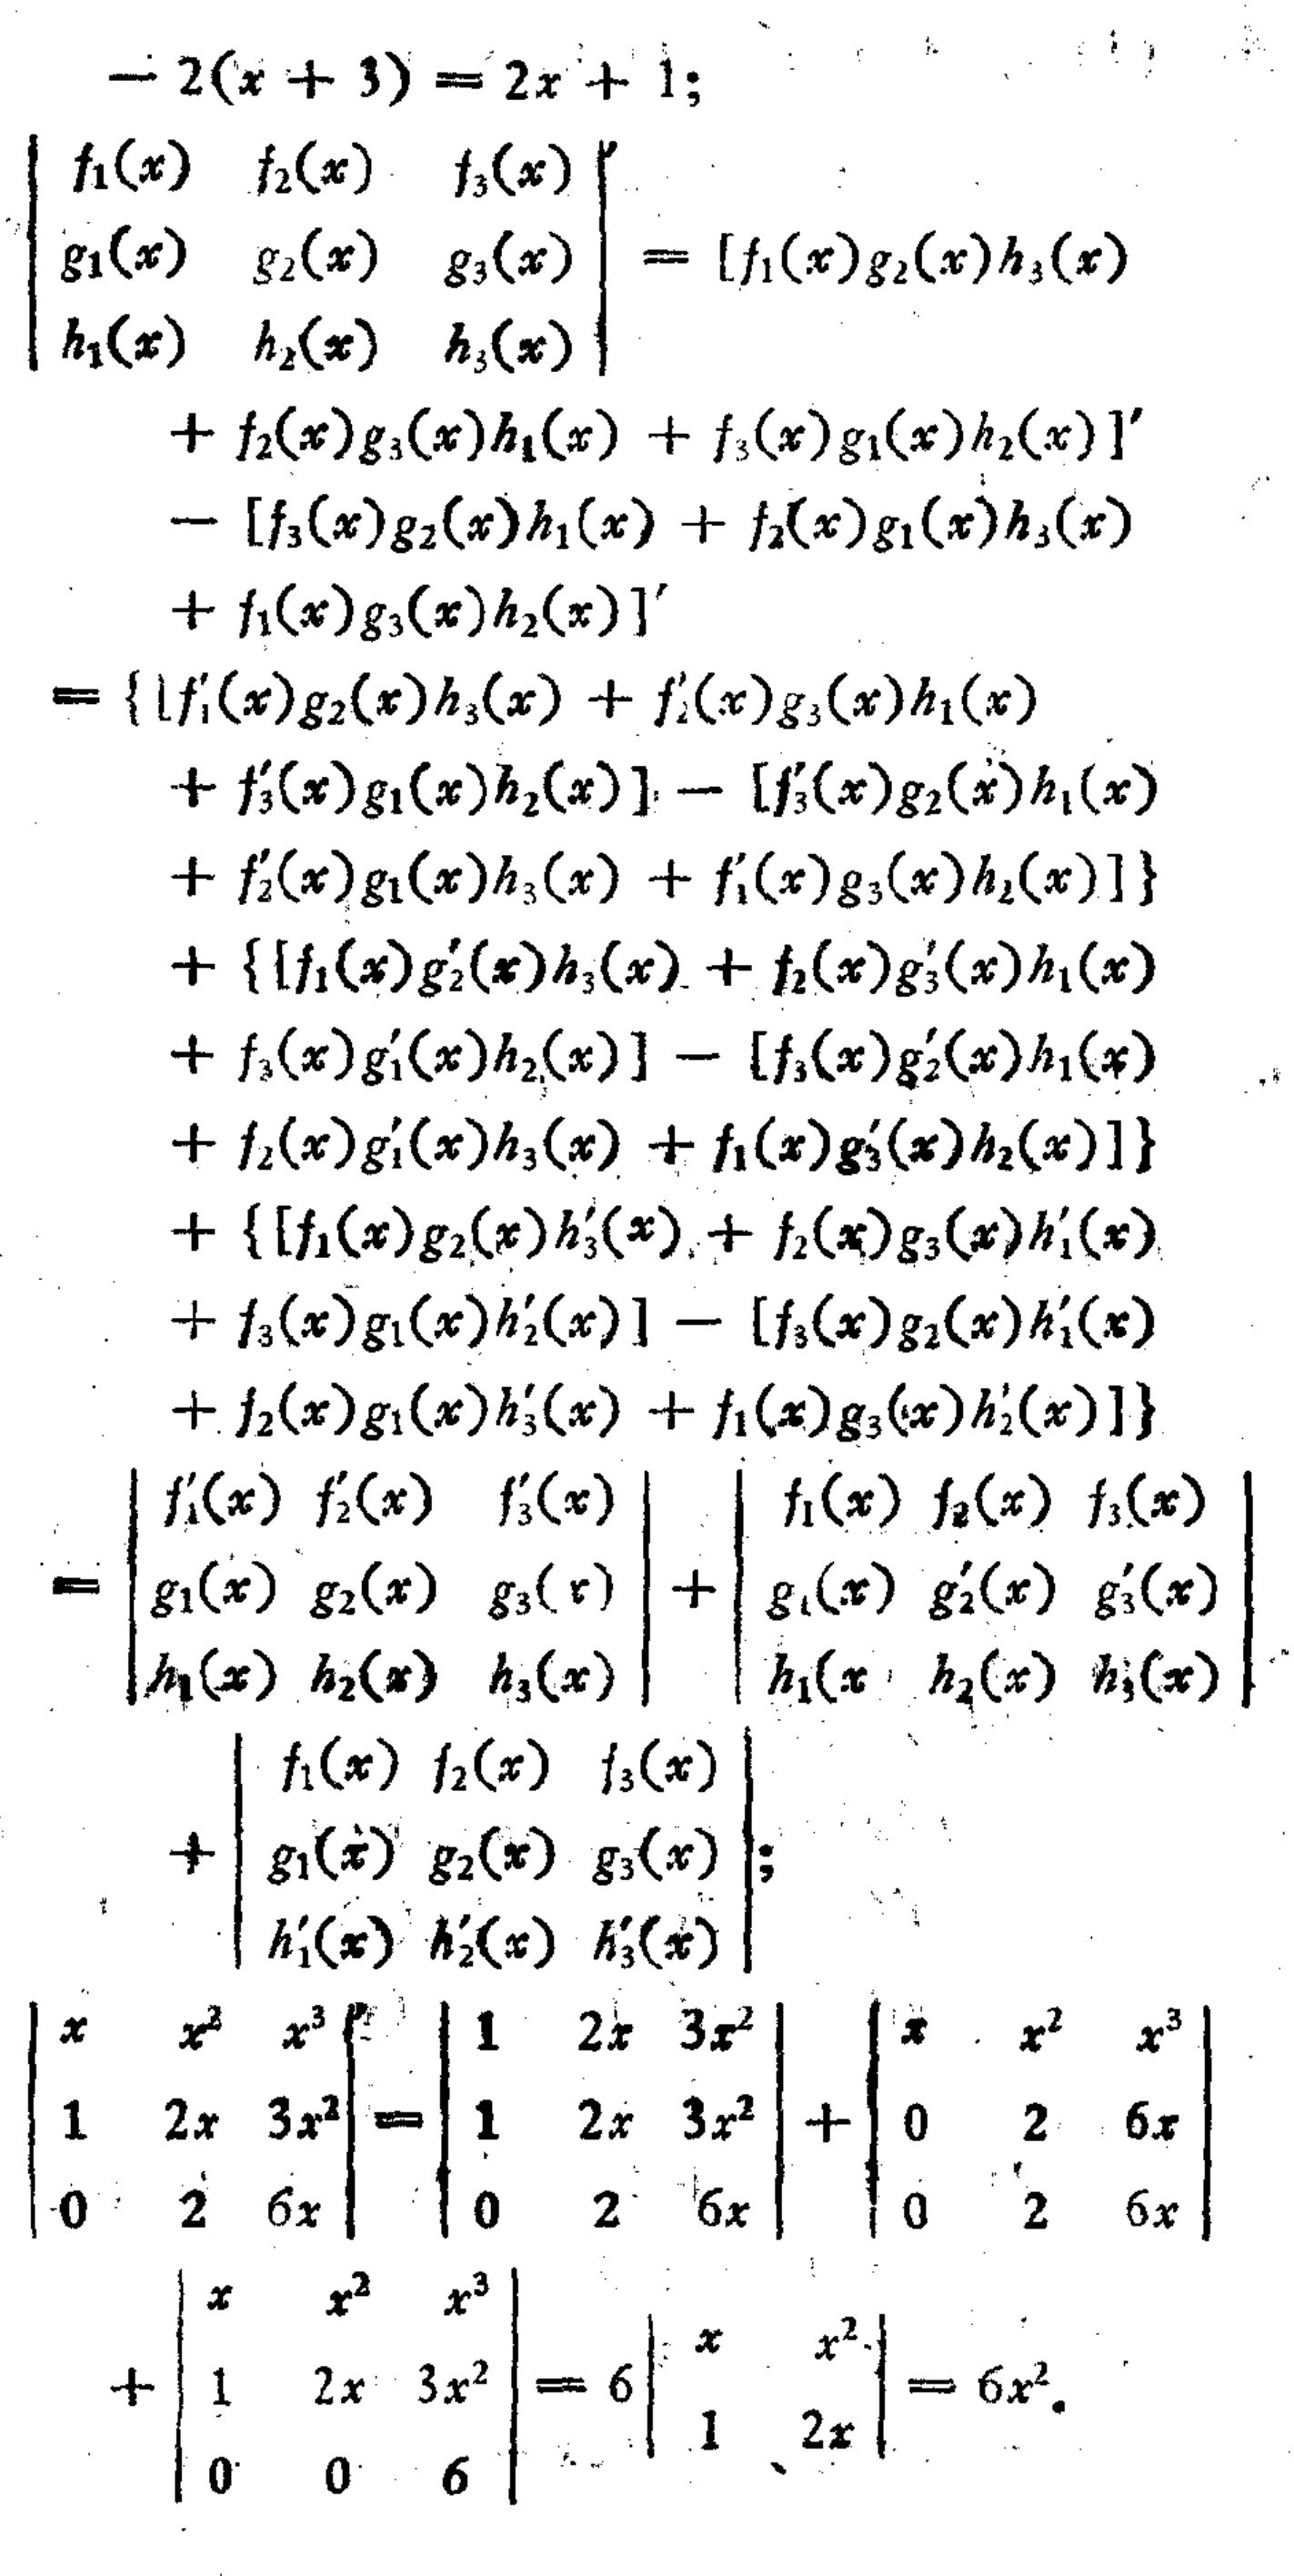
\begin{align*}
-2(x + 3)&=2x + 1;\\
\begin{vmatrix}
f_1(x)&f_2(x)&f_3(x)\\
g_1(x)&g_2(x)&g_3(x)\\
h_1(x)&h_2(x)&h_3(x)
\end{vmatrix}'&= [f_1(x)g_2(x)h_3(x)\\
&+ f_2(x)g_3(x)h_1(x)+f_3(x)g_1(x)h_2(x)]'\\
&-[f_3(x)g_2(x)h_1(x)+f_2(x)g_1(x)h_3(x)\\
&+ f_1(x)g_3(x)h_2(x)]'\\
&=\left\{[f_1'(x)g_2(x)h_3(x)+f_2'(x)g_3(x)h_1(x)\right.\\
&+ f_3'(x)g_1(x)h_2(x)]-[f_3'(x)g_2(x)h_1(x)\\
&+ f_2'(x)g_1(x)h_3(x)+f_1'(x)g_3(x)h_2(x)]\right\}\\
&+\left\{[f_1(x)g_2'(x)h_3(x)+f_2(x)g_3'(x)h_1(x)\right.\\
&+ f_3(x)g_1'(x)h_2(x)]-[f_3(x)g_2'(x)h_1(x)\\
&+ f_2(x)g_1'(x)h_3(x)+f_1(x)g_3'(x)h_2(x)]\right\}\\
&+\left\{[f_1(x)g_2(x)h_3'(x)+f_2(x)g_3(x)h_1'(x)\right.\\
&+ f_3(x)g_1(x)h_2'(x)]-[f_3(x)g_2(x)h_1'(x)\\
&+ f_2(x)g_1(x)h_3'(x)+f_1(x)g_3(x)h_2'(x)]\right\}\\
&=\begin{vmatrix}
f_1'(x)&f_2'(x)&f_3'(x)\\
g_1(x)&g_2(x)&g_3(x)\\
h_1(x)&h_2(x)&h_3(x)
\end{vmatrix}+\begin{vmatrix}
f_1(x)&f_2(x)&f_3(x)\\
g_1(x)&g_2'(x)&g_3'(x)\\
h_1(x)&h_2(x)&h_3(x)
\end{vmatrix}\\
&+\begin{vmatrix}
f_1(x)&f_2(x)&f_3(x)\\
g_1(x)&g_2(x)&g_3(x)\\
h_1'(x)&h_2'(x)&h_3'(x)
\end{vmatrix};\\
\begin{vmatrix}
x&x^2&x^3\\
1&2x&3x^2\\
0&2&6x
\end{vmatrix}'&=\begin{vmatrix}
1&2x&3x^2\\
1&2x&3x^2\\
0&2&6x
\end{vmatrix}+\begin{vmatrix}
x&x^2&x^3\\
0&2&6x\\
0&2&6x
\end{vmatrix}\\
&+\begin{vmatrix}
x&x^2&x^3\\
1&2x&3x^2\\
0&0&6
\end{vmatrix}=6\begin{vmatrix}
x&x^2\\
1&2x
\end{vmatrix}=6x^2.
\end{align*}